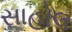
સાહોલ